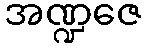
အဏ္ဍဇေ